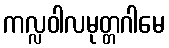
ကလ္လဝါလမုတ္တဂါမေ